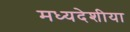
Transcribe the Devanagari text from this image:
मध्यदेशीया